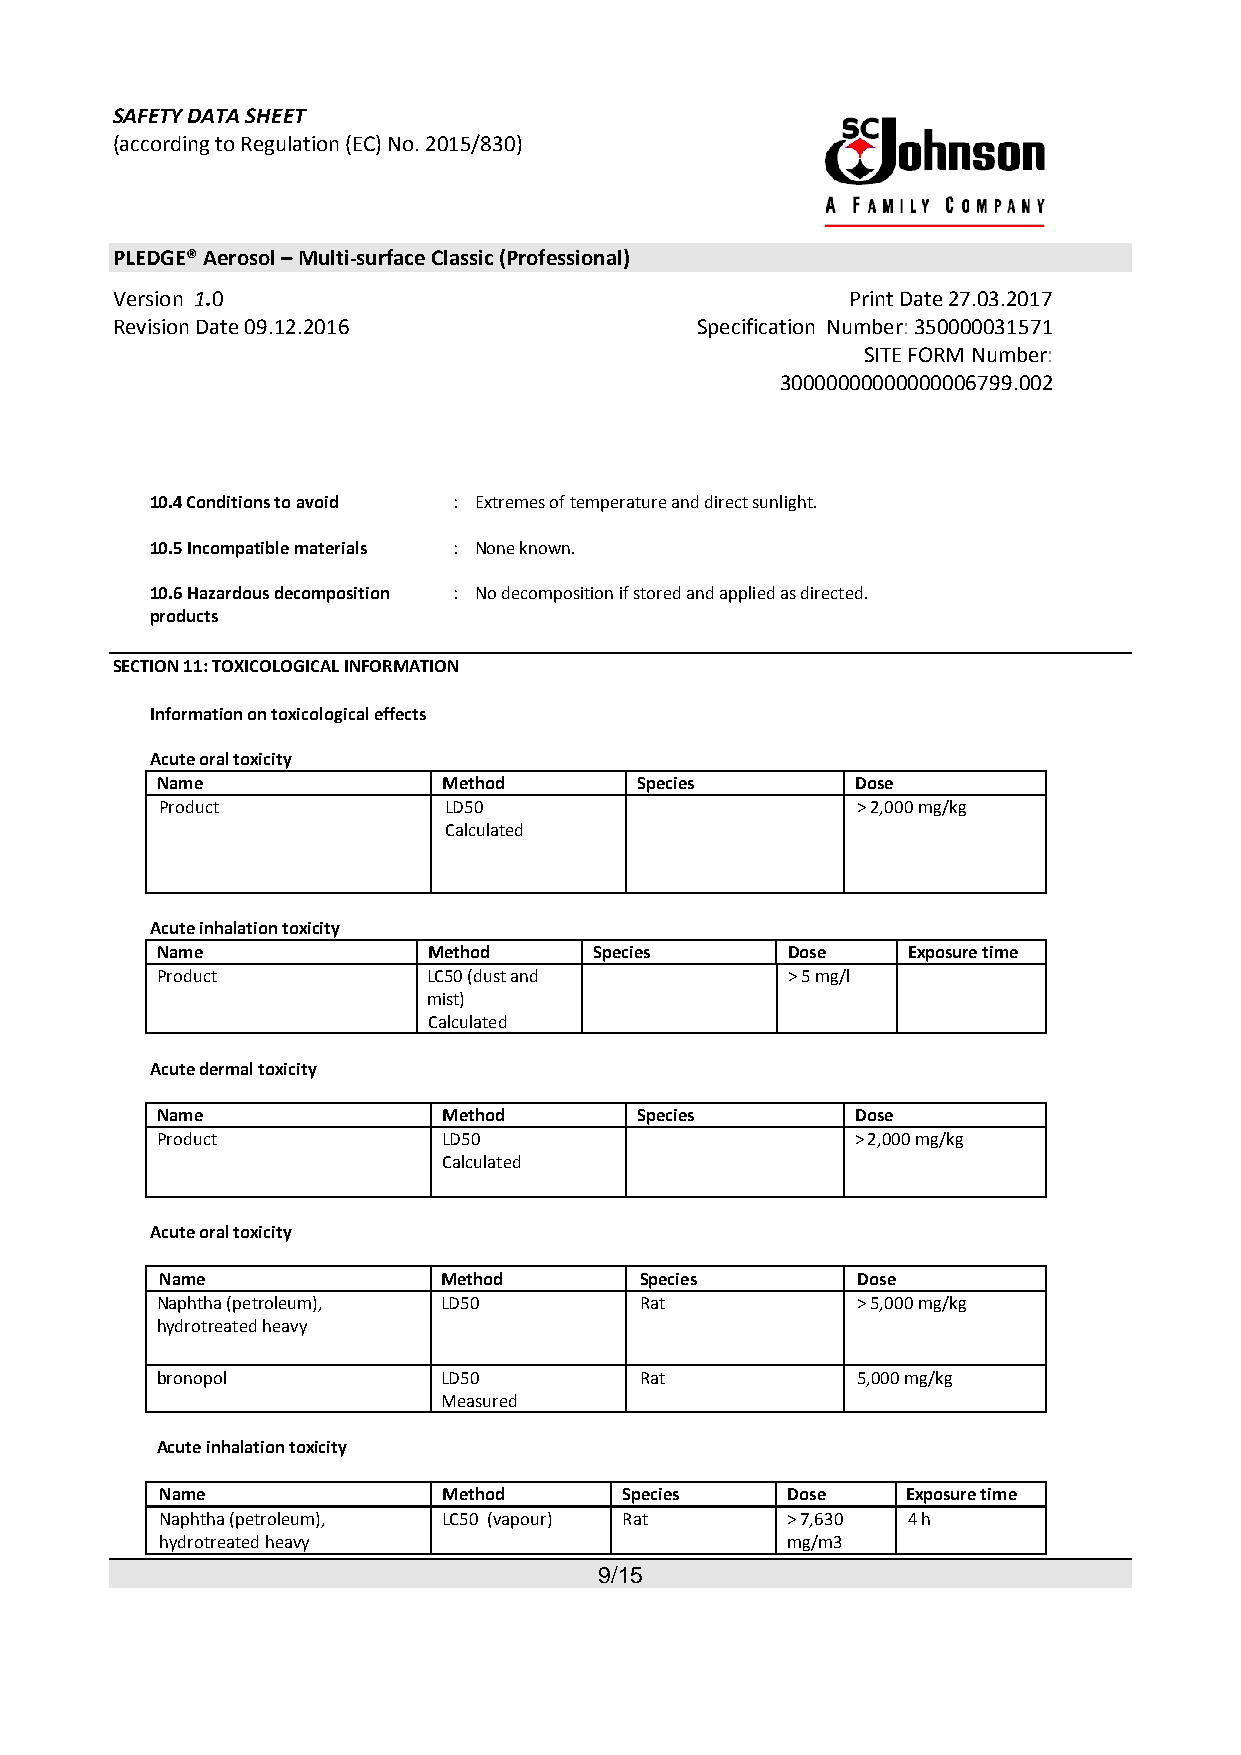
SAFETY DATA SHEET
 (according to Regulation (EC) No. 2015/830)
 PLEDGE® Aerosol – Multi-surface Classic (Professional)
 Version 1.0                                      Print Date 27.03.2017
 Revision Date 09.12.2016               Specification Number: 350000031571
 SITE FORM Number:
 30000000000000006799.002
 10.4 Conditions to avoid : Extremes of temperature and direct sunlight.
 10.5 Incompatible materials : None known.
 10.6 Hazardous decomposition : No decomposition if stored and applied as directed.
 products
 SECTION 11: TOXICOLOGICAL INFORMATION
 Information on toxicological effects
 Acute oral toxicity
 Name               Method       Species        Dose
 Product           LD50                        > 2,000 mg/kg
 Calculated
 Acute inhalation toxicity
 Name              Method     Species      Dose    Exposure time
 Product           LC50 (dust and          > 5 mg/l
 mist)
 Calculated
 Acute dermal toxicity
 Name               Method       Species        Dose
 Product            LD50                        > 2,000 mg/kg
 Calculated
 Acute oral toxicity
 Name              Method       Species        Dose
 Naphtha (petroleum), LD50       Rat            > 5,000 mg/kg
 hydrotreated heavy
 bronopol           LD50         Rat            5,000 mg/kg
 Measured
 Acute inhalation toxicity
 Name              Method      Species    Dose    Exposure time
 Naphtha (petroleum), LC50 (vapour) Rat   > 7,630 4 h
 hydrotreated heavy                       mg/m3
 9/15